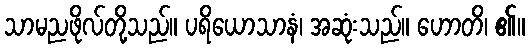
သာမညဖိုလ်တို့သည်။ ပရိယောသာနံ၊ အဆုံးသည်။ ဟောတိ၊ ၏။